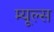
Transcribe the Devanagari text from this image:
म्यूल्स